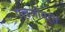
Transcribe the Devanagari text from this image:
एलजीयर्स